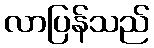
လာပြန်သည်